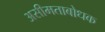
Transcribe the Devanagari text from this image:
असीमताबोधक